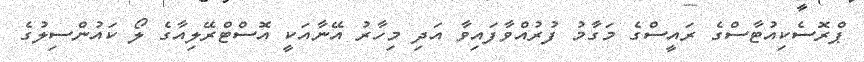
ޕްރޮސެކިއުޓާސްގެ ރައީސްގެ މަގާމު ފުރުއްވާފައިވާ އަދި މިހާރު އޭނާއަކީ އޮސްޓްރޭލިއާގެ ލޯ ކައުންސިލުގެ